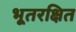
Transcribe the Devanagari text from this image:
भूतरक्षित